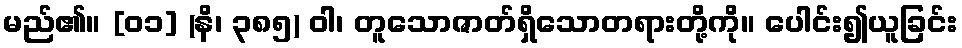
မည်၏။ [၀၁] (နိ၊ ၃၈၅) ဝါ၊ တူသောဇာတ်ရှိသောတရားတို့ကို။ ပေါင်း၍ယူခြင်း